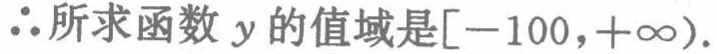
\(\therefore\)所求函数\(y\)的值域是\([-100,+\infty)\).